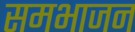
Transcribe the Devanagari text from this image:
समभाजन